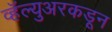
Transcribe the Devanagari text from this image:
व्हॅल्युअरकडून